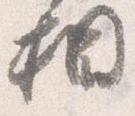
相